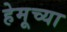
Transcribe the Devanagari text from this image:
हेमूच्या